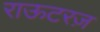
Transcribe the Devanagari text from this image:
राऊटरज़